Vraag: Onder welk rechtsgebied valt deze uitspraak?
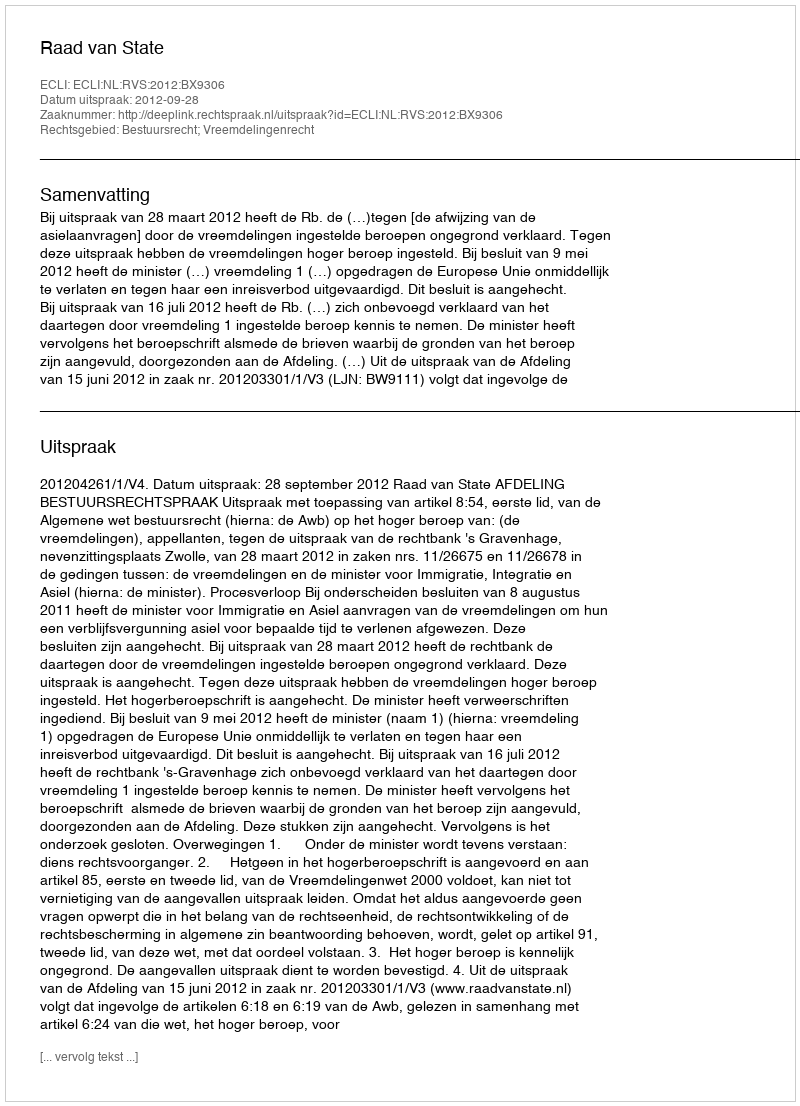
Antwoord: Bestuursrecht; Vreemdelingenrecht